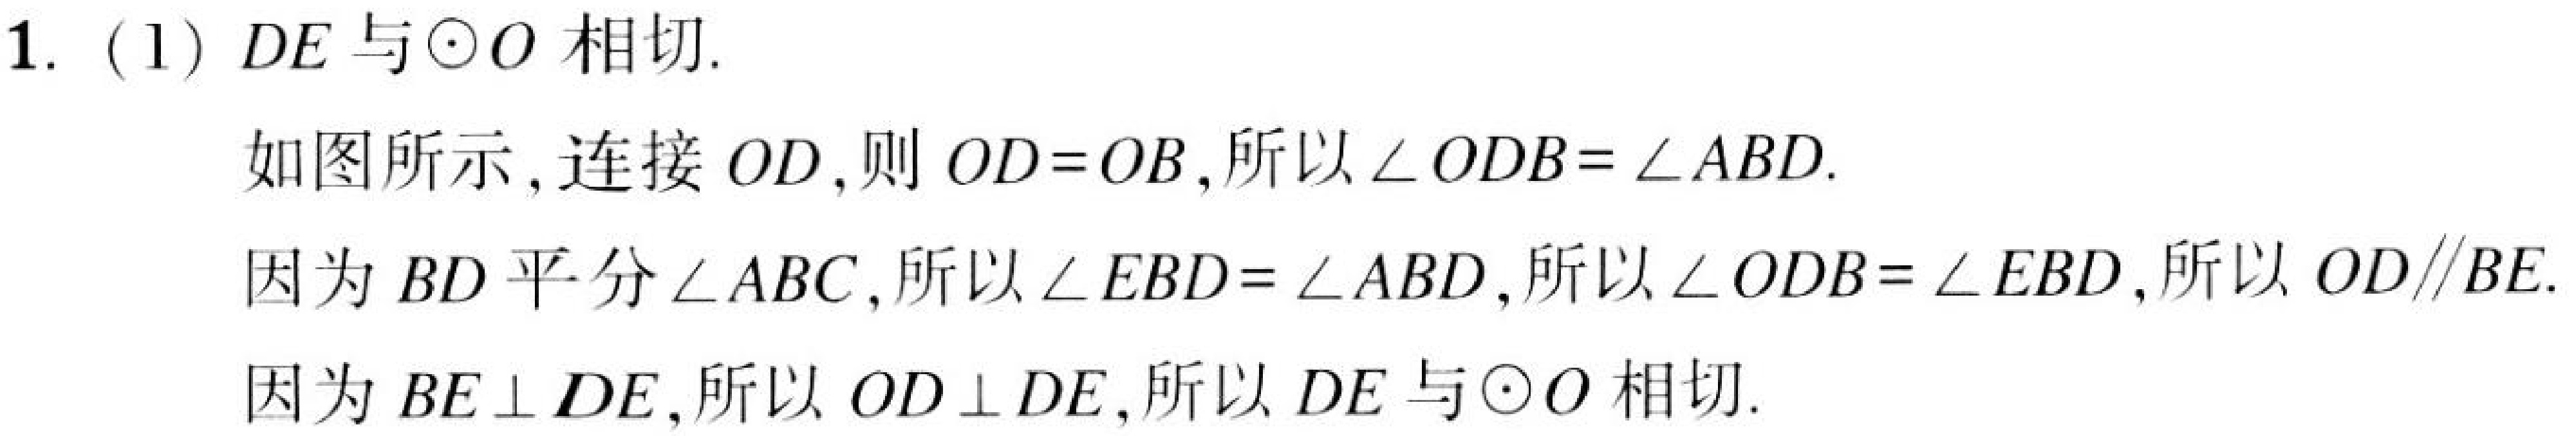
1. (1) \(DE\) 与 \(\odot O\) 相切.
如图所示,连接 \(OD\),则 \(OD = OB\),所以 \(\angle ODB=\angle ABD\).
因为 \(BD\) 平分 \(\angle ABC\),所以 \(\angle EBD=\angle ABD\),所以 \(\angle ODB=\angle EBD\),所以 \(OD\parallel BE\).
因为 \(BE\perp DE\),所以 \(OD\perp DE\),所以 \(DE\) 与 \(\odot O\) 相切.